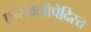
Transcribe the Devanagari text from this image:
एन्सैक्लोपेदिस्त